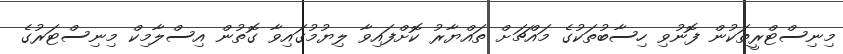
މިނިސްޓްރީތަކުން ފޮނުވި ހިސާބުތަކުގެ މައްޗަށް ތައްޔާރު ކޮށްފައިވާ ލިޔުމުގައިވާ ގޮތުން އިސްލާމިކް މިނިސްޓަރުގެ